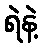
ရဲနဲ့